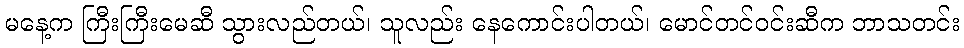
မနေ့က ကြီးကြီးမေဆီ သွားလည်တယ်၊ သူလည်း နေကောင်းပါတယ်၊ မောင်တင်ဝင်းဆီက ဘာသတင်း